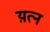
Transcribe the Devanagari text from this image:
य़त्न